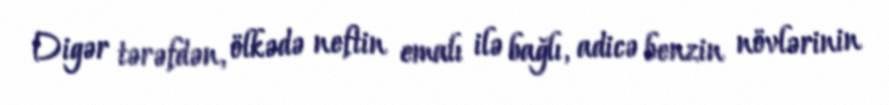
Digər tərəfdən, ölkədə neftin emalı ilə bağlı, adicə benzin növlərinin